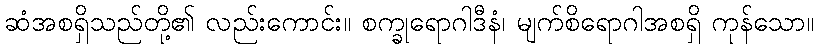
ဆံအစရှိသည်တို့၏ လည်းကောင်း။ စက္ခုရောဂါဒီနံ၊ မျက်စိရောဂါအစရှိ ကုန်သော။